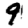
Digit: 9